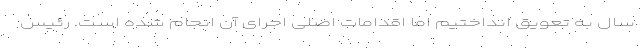
سال به تعویق انداختیم اما اقدامات اصلی اجرای آن انجام شده است. رئیس